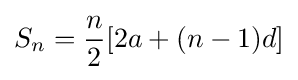
S_{n}={\frac {n}{2}}[2a+(n-1)d]